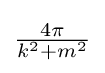
{\textstyle {\frac {4\pi }{k^{2}+m^{2}}}}